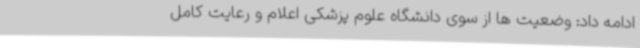
ادامه داد: وضعیت ها از سوی دانشگاه علوم پزشکی اعلام و رعایت کامل